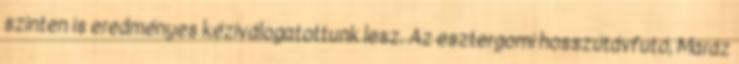
szinten is eredményes kéziválogatottunk lesz. Az esztergomi hosszútávfutó, Maráz